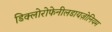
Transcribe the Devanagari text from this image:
डिक्लोरोफेनीलडायज़ोनियम